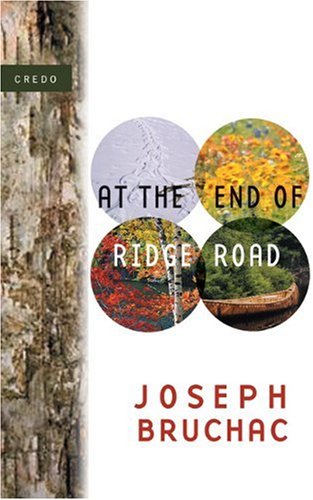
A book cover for At the End of Ridge Road; Joseph Bruchac; Teen & Young Adult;